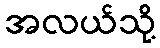
အလယ်သို့